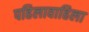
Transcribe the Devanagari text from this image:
पहिलावाहिला